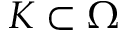
K \subset \Omega